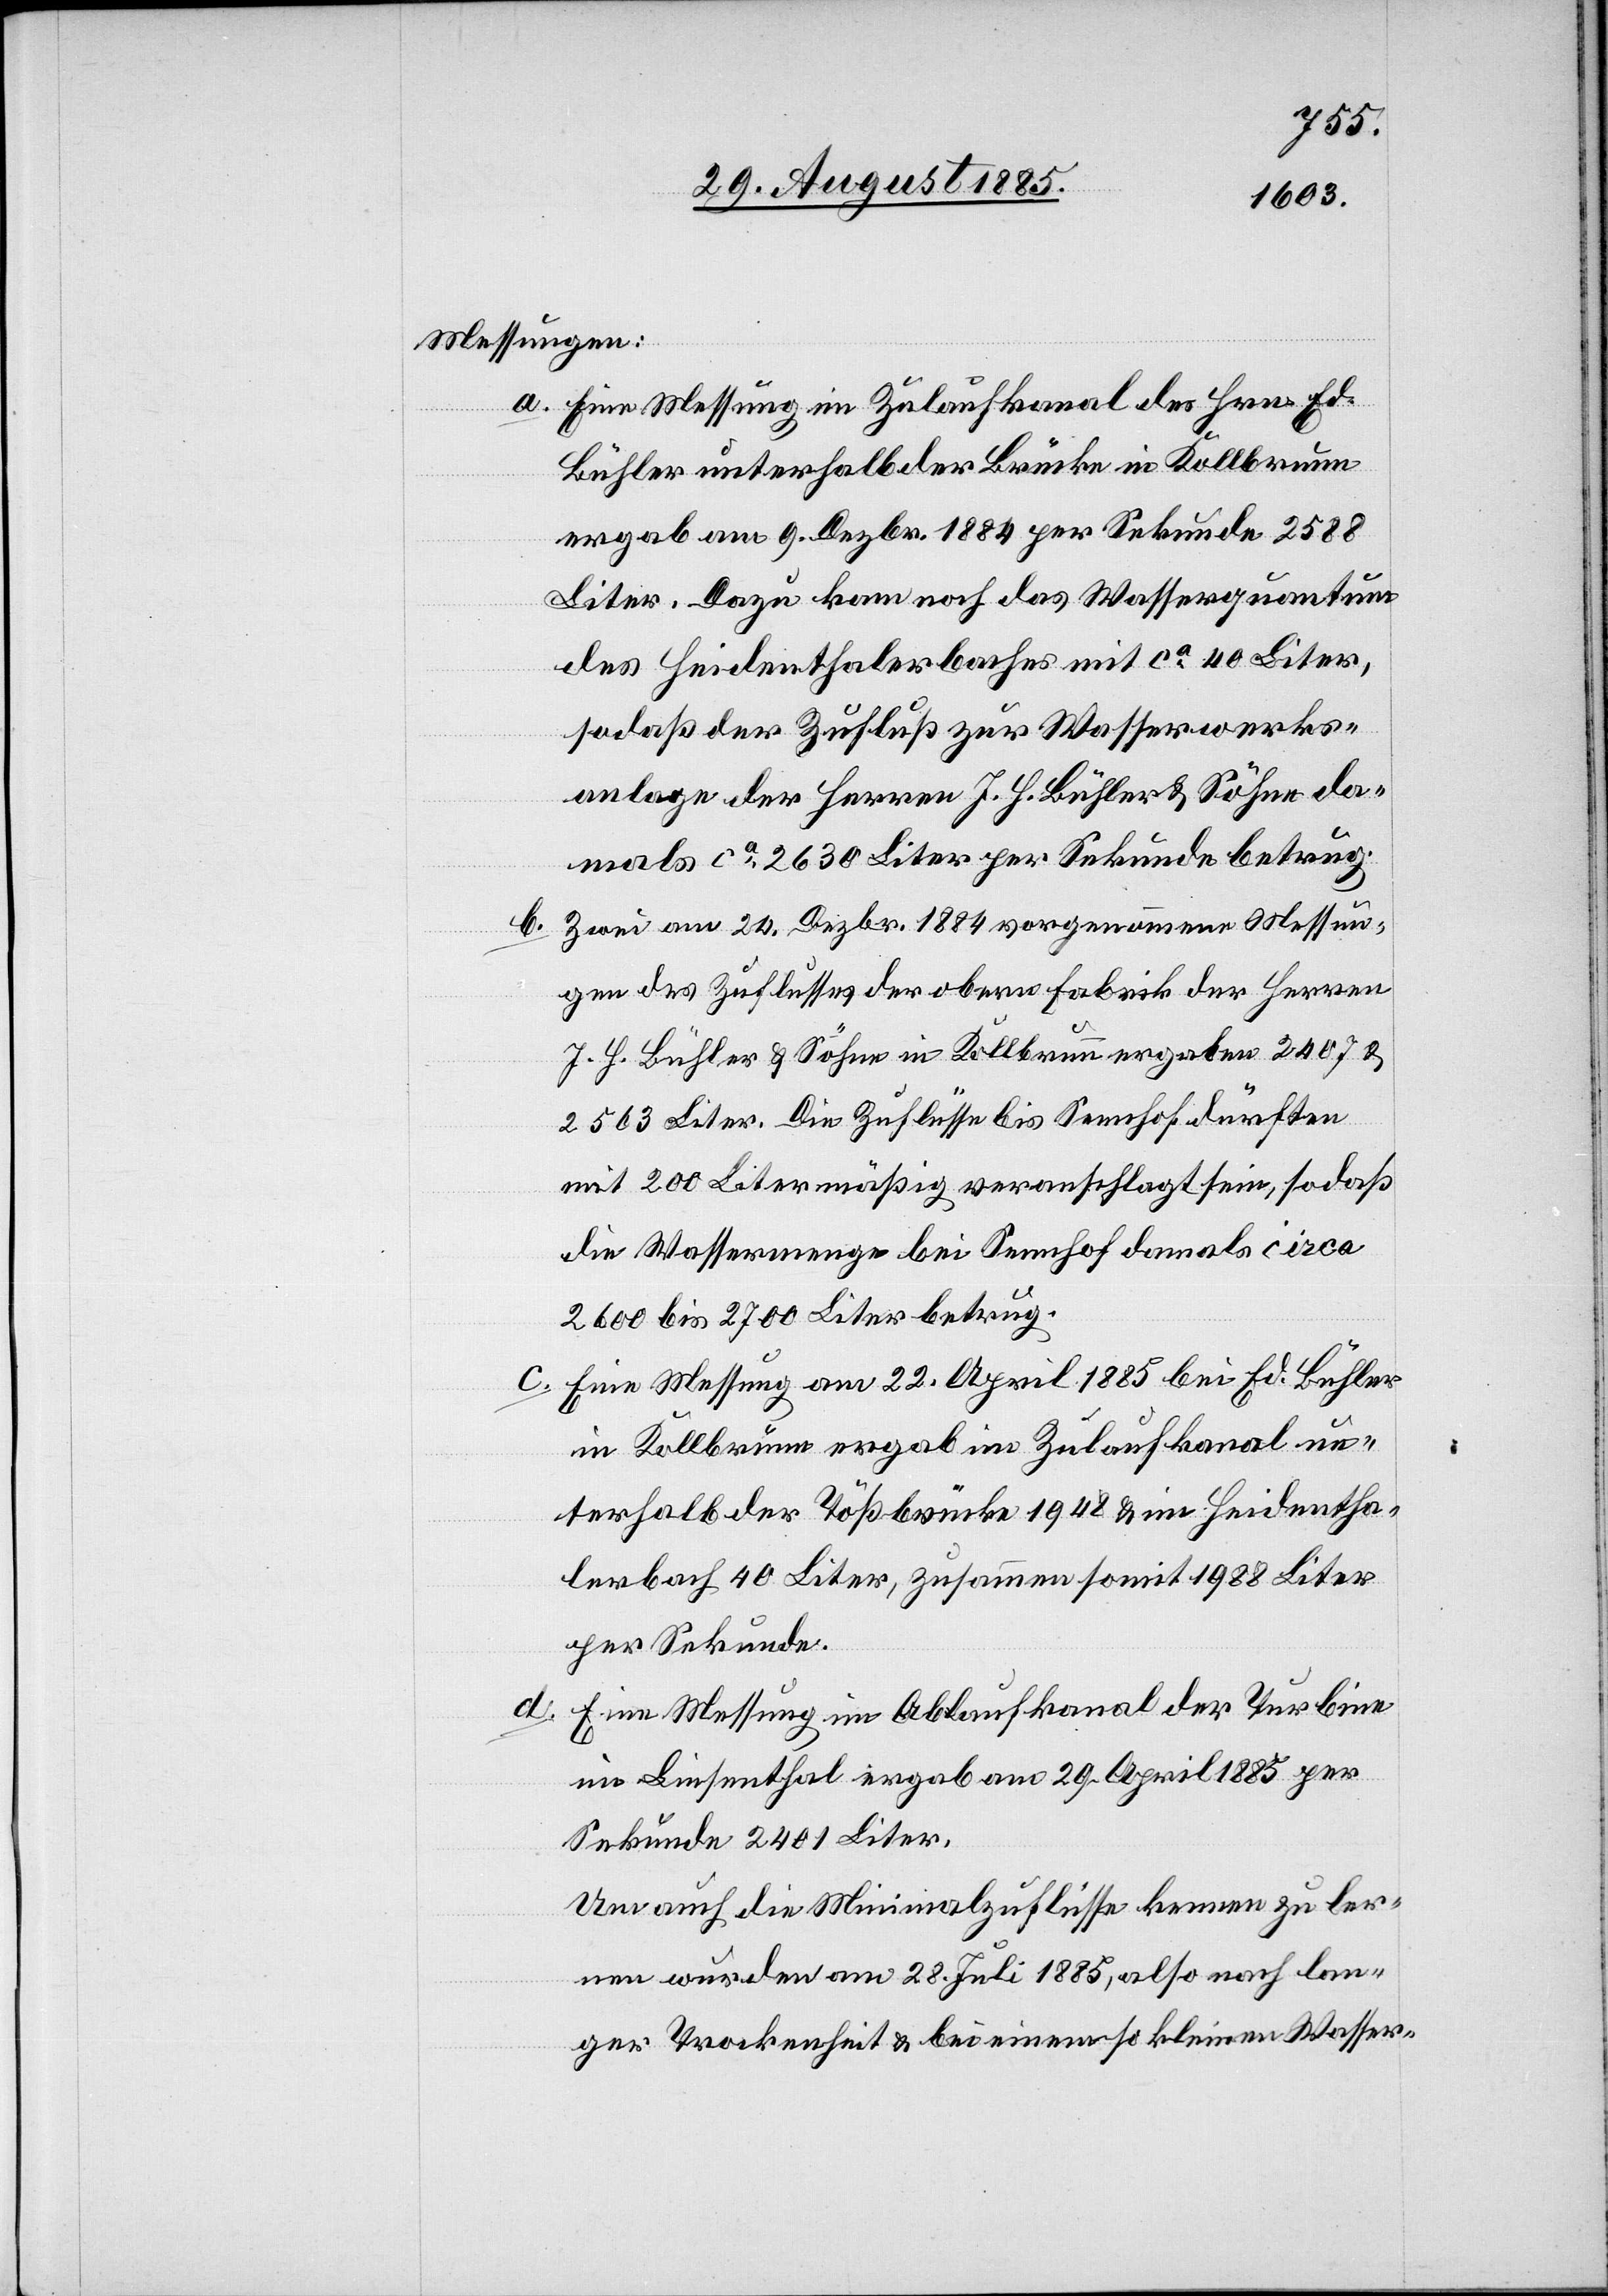
Messungen:
a. Eine Messung im Zulaufkanal des Hrn. Ed.
Bühler unterhalb der Brücke in Kollbrunn
ergab am 9. Dezbr. 1884 per Sekunde 2588
Liter. Dazu kam noch das Wasserquantum
des Heidenthalerbaches mit ca 40 Liter,
so daß der Zufluß zur Wasserwerks¬
anlage der Herren J. H. Bühler & Söhne da¬
mals ca 2630 Liter per Sekunde betrug.
Zwei am 24. Dezbr. 1884 vorgenommene Messun¬
b.
gen des Zuflusses der obern Fabrik der Herren
J. H. Bühler & Söhne in Kollbrunn ergaben 2407 &
2503 Liter. Die Zuflüsse bis Sennhof dürften
mit 200 Litern mäßig veranschlagt sein, sodaß
die Wassermenge bei Sennhof damals circa
2600 bis 2700 Liter betrug.
c. Eine Messung am 22. April 1885 bei Ed. Bühler
in Kollbrunn ergab im Zulaufkanal un¬
terhalb der Tößbrücke 1948 & im Heidentha¬
lerbach 40 Liter, zusammen somit 1988 Liter
per Sekunde.
d. Eine Messung im Ablaufkanal der Turbine
im Linsenthal ergab am 29. April 1885 per
Sekunde 2401 Liter.
Um auch die Minimalzuflüsse kennen zu ler¬
nen wurden am 28. Juli 1885, also nach lan¬
ger Trockenheit & bei einem so kleinen Wasser-